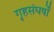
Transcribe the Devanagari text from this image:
गृहसंघर्षों